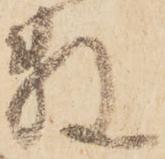
数